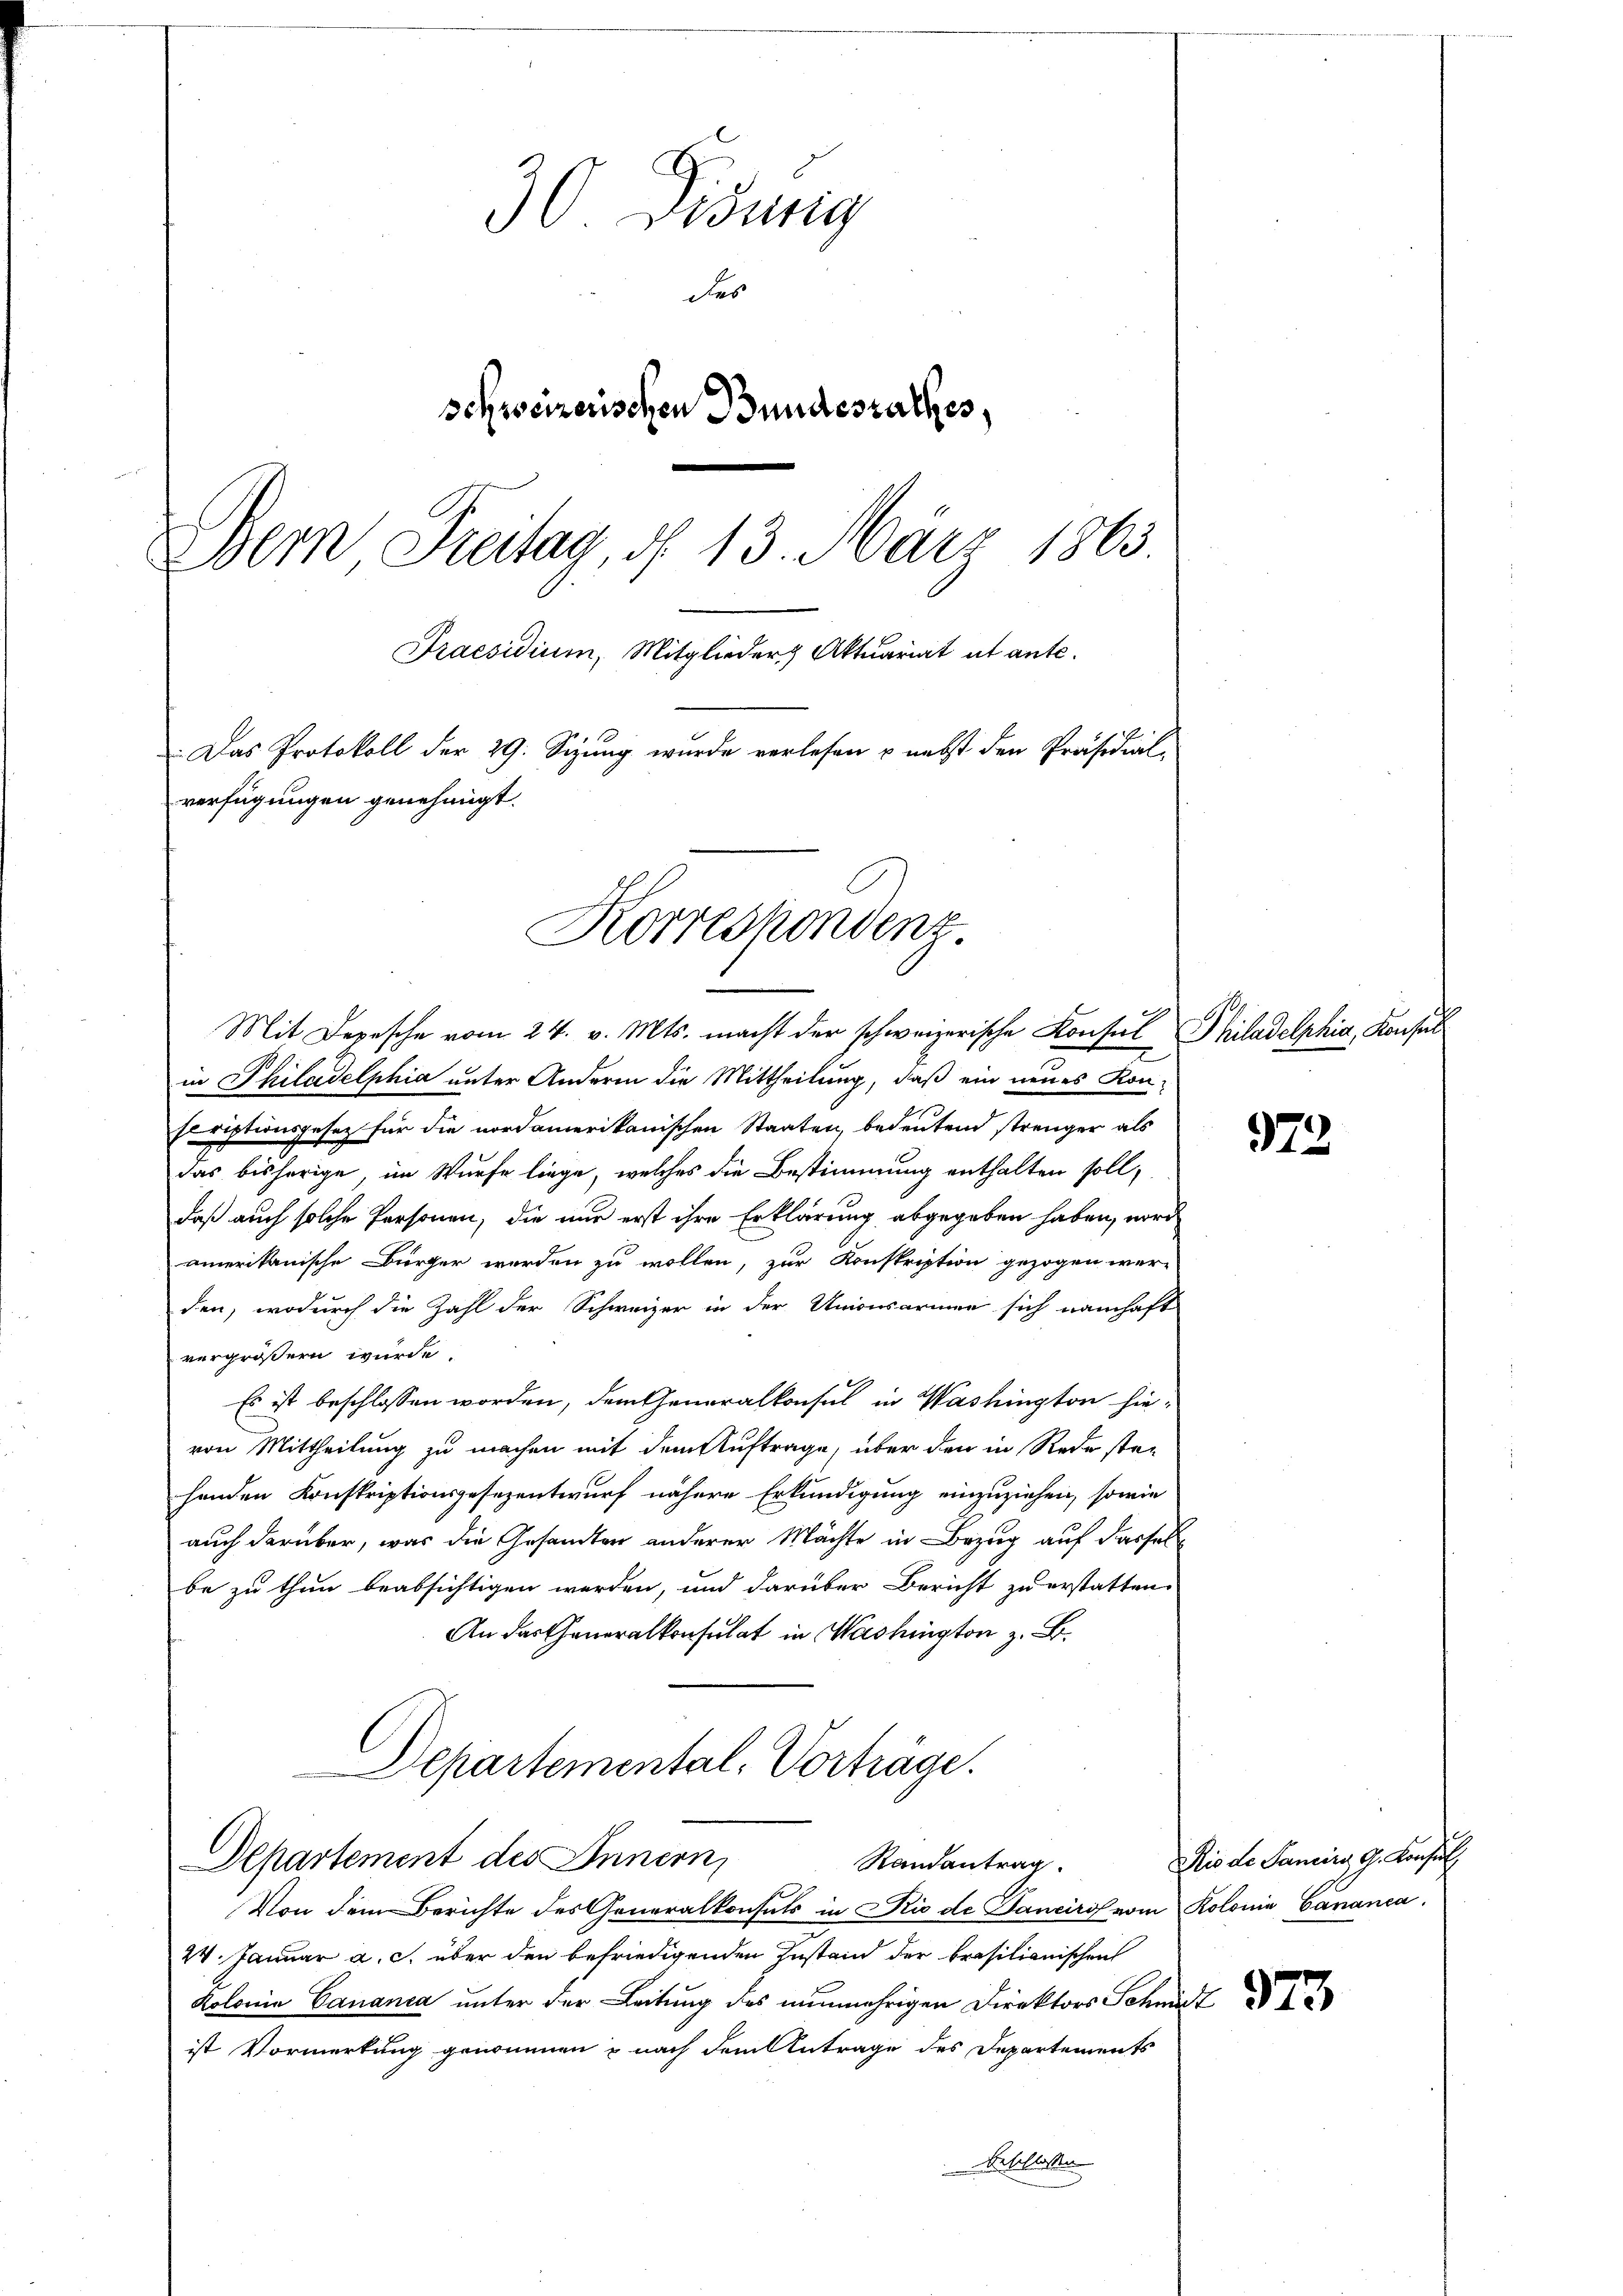
30 Didung
des
schweizerischen Bundesrathes,
Dem Freitag, d. 13. März 1863.
Praesidium, Mitglieder Aktuariat ut ante.
.Das Protokoll der 29. Sizung wurde verlesen & nebst den Präsidial-
verfügungen genehmigt.

Mit Depesche vom 24. v. Mts. macht der schweizerische Konsul Philadelphia, Konsul
in Philadelphia unter Anderen die Mittheilung, daß ein neues Kon-
scriptionsgesetz für die nordamerikanischen Staaten, bedeutend strenger als
das bisherige, im Würfe liege, welches die Bestimmung enthalten soll,
daß auch solche Personen, die nur erst ihre Erklärung abgegeben haben, word
amerikanische Bürger werden zu wollen, zur Konskription gezogen werden, wodurch die Zahl der Schweizer in der Unionsarmen sich namhaft
vergrößern würde.
Es ist beschlossen worden, dem Generalkonsul in Washington hievon Mittheilung zu machen mit dem Auftrage, über den in Rede stehenden Konskriptionsgesezentwurf nähere Erkundigung einzuziehen, sowie
auch darüber, was die Gesandten anderer Mächte in Bezug auf dasselbe zu thun beabsichtigen werden, und darüber Bericht zu erstatten.
An das Generalkonsulat in Washington z. B.
Departemental-Vorträge.

Departement des Innern,

Korrespondenz

Von dem Berichte des Generalkonsuls in Rio de Panciro vom Kolonia Cananca.
24. Januar a. c. über den befriedigenden Zustand der brasilianischen
Kolonia Canania unter der Leitung des nunmehrigen Direktors Schmit
ist Vormerkung genommen, nach dem Antrage des Departements
Besellessen

Randantrag

972

Rio de Sancirg, G. Konsul